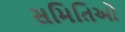
સમિતિઓ